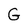
Character: G